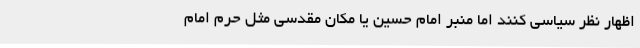
اظهار نظر سیاسی کنند اما منبر امام حسین یا مکان مقدسی مثل حرم امام